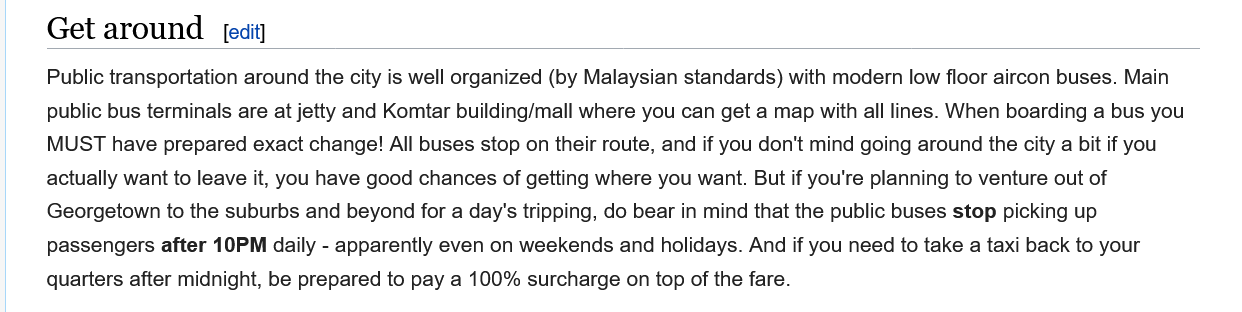
Public transportation around the city is well organized (by Malaysian standards) with modern low floor aircon buses. Main
     public bus terminals are at jetty and Komtar building/mall where you can get a map with all lines. When boarding a bus you
     MUST have prepared exact change! All buses stop on their route, and if you don't mind going around the city a bit if you
     actually want to leave it, you have good chances of getting where you want. But if you're planning to venture out of
     Georgetown to the suburbs and beyond for a day's tripping, do bear in mind that the public buses stop picking up
     passengers after 10PM daily - apparently even on weekends and holidays. And if you need to take a taxi back to your
     quarters after midnight, be prepared to pay a 100% surcharge on top of the fare.
     Get  around    [edit]